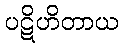
ပဋိဟိတာယ